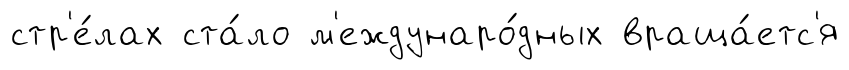
стр'е́лах ста́ло м'еждунаро́дных враща́етс'я